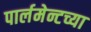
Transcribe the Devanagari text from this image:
पार्लमेन्टच्या